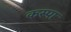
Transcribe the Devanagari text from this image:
कस्पा